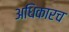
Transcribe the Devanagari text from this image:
अधिकारच